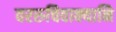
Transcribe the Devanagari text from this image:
वररुचिवाक्यानि